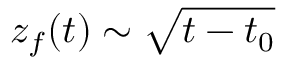
z _ { f } ( t ) \sim \sqrt { t - t _ { 0 } }